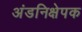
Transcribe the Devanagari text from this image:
अंडनिक्षेपक